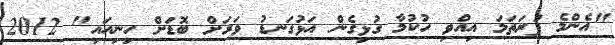
"އެންމެ ފުރަތަމަ އިއްވި ހުކުމާ ގުޅިގެން އަޅުގަނޑު ވަރަށް ބޮޑަށް ހިނިއައި" 2012